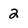
Character: 2